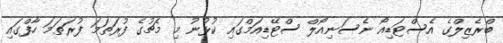
ބްރެޒިލްގެ އެސްޓަޑިއޯ ނެސަނިއޯލް ސްޓޭޑިއަމްގައި ކުޅުނު މި މެޗުގެ ފުރަތަމަ ފުރަތަމަ ހާފްގައި